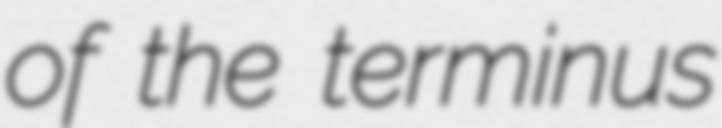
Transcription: of the terminus